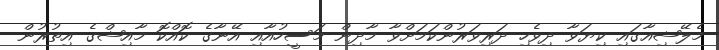
މެލޭޝިއާގައި ކިޔަވާ ދިވެހި ދަރިވަރުންކަމަށްވާ މާދިން މަސީހުއާއި އޭނާގެ ކޮއްކޮ މާއިޝްގެ އިތުރުން